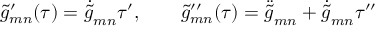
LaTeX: \tilde { g } _ { m n } ^ { \prime } ( \tau ) = \dot { \tilde { g } } _ { m n } \tau ^ { \prime } , \qquad \tilde { g } _ { m n } ^ { \prime \prime } ( \tau ) = \ddot { \tilde { g } } _ { m n } + \dot { \tilde { g } } _ { m n } \tau ^ { \prime \prime }